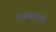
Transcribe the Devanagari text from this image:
लायब्ररीचे